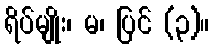
ရိပ်မျိုး၊ မ၊ ပြင် (၃)။